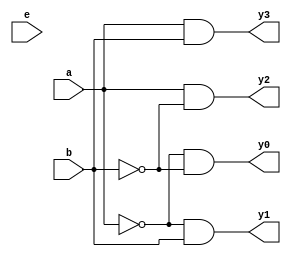
//Design:

module decoder_2x4(a,b,e,y0,y1,y2,y3);
input a,b,e;
output y0,y1,y2,y3;
assign y0=((~a)&(~b)), y1=((~a)&b), y2=(a&(~b)), y3=(a&b);
endmodule
/*
//Test Bench:

module decoder_2x4_tb();
reg a,b,e;
wire y0,y1,y2,y3;
decoder_2x4 d1(a,b,e,y0,y1,y2,y3);
initial
begin
$monitor($time," a=%b b=%b Y0=%b Y1=%b Y2=%b Y3=%b",a,b,y0,y1,y2,y3);
end
initial
begin
	a=1'b0; b=1'b0; 
	#5;
	a=1'b0; b=1'b1; 
	#5;
	a=1'b1; b=1'b0; 
	#5;
	a=1'b1; b=1'b1; 
	#5;
end
initial
begin
$dumpfile("decoder_2x4.dump");
$dumpvars(0,decoder_2x4_tb);
end
endmodule
*/